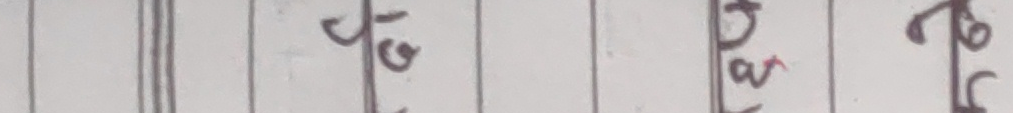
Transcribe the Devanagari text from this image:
तर्ज